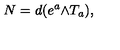
N = d ( e ^ { a } \mathrm { \tiny \wedge } T _ { a } ) ,